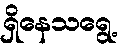
ရှိနေသရွေ့